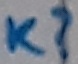
Text: K?